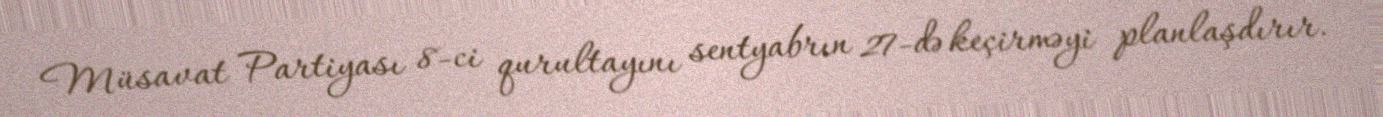
Müsavat Partiyası 8-ci qurultayını sentyabrın 27-də keçirməyi planlaşdırır.